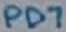
Text: PD7